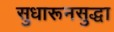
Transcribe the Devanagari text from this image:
सुधारूनसुद्धा